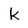
Character: k